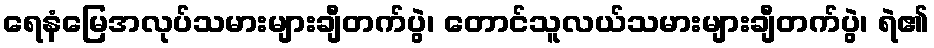
ရေနံမြေအလုပ်သမားများချီတက်ပွဲ၊ တောင်သူလယ်သမားများချီတက်ပွဲ၊ ရဲ၏